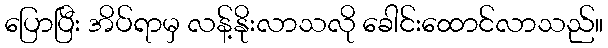
ပြောပြီး အိပ်ရာမှ လန့်နိုးလာသလို ခေါင်းထောင်လာသည်။